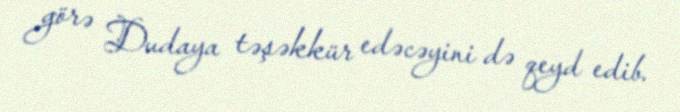
görə Dudaya təşəkkür edəcəyini də qeyd edib.